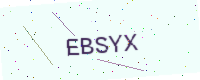
Text: EBSYX